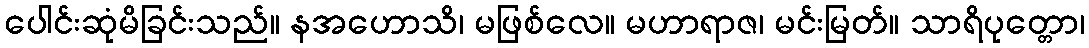
ပေါင်းဆုံမိခြင်းသည်။ နအဟောသိ၊ မဖြစ်လေ။ မဟာရာဇ၊ မင်းမြတ်။ သာရိပုတ္တော၊